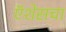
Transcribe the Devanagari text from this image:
ऍशेसचा